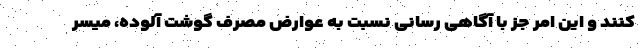
کنند و این امر جز با آگاهی رسانی نسبت به عوارض مصرف گوشت آلوده، میسر